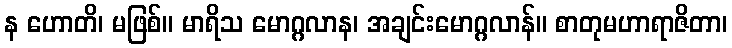
န ဟောတိ၊ မဖြစ်။ မာရိသ မောဂ္ဂလာန၊ အချင်းမောဂ္ဂလာန်။ စာတုမဟာရာဇိတာ၊